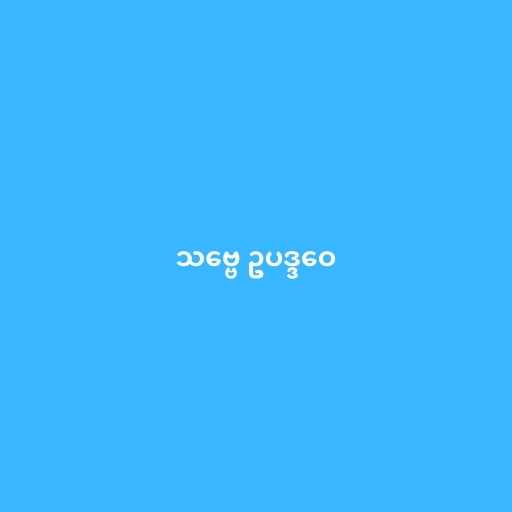
သဗ္ဗေ ဥပဒ္ဒဝေ